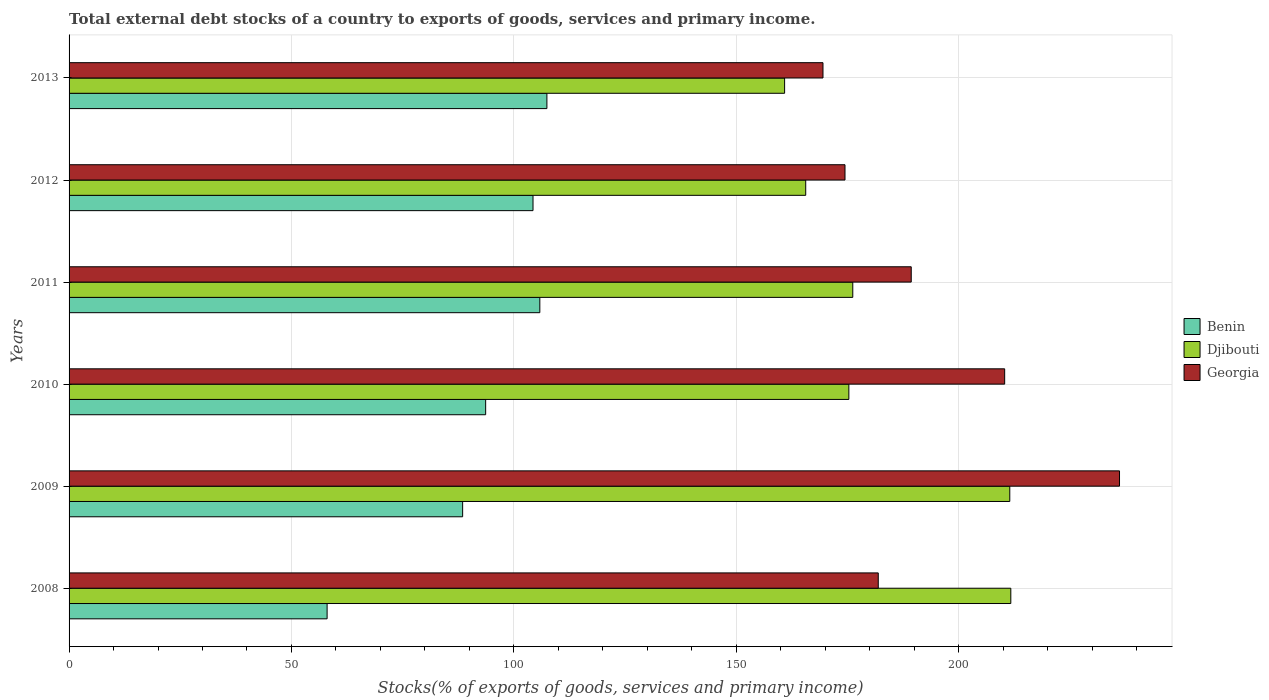
| Years | Benin | Djibouti | Georgia |
 | --- | --- | --- | --- |
 | 2008 | 58 | 212 | 182 |
 | 2009 | 88.5 | 211 | 236 |
 | 2010 | 93.7 | 175 | 210 |
 | 2011 | 106 | 176 | 189 |
 | 2012 | 104 | 166 | 174 |
 | 2013 | 107 | 161 | 169 |